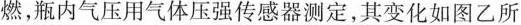
燃，瓶内气压用气体压强传感器测定，其变化如图乙所